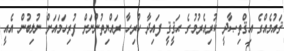
ޤައުމެއްގެ އިޤްތިޞާދީ ކުރިއެރުމުގެ ޙަޤީޤީ ފައިދާ ހުރިހާ ރައްޔިތުންނަށް ފުރިހަމައަށް ނުލިބުން އެއީ